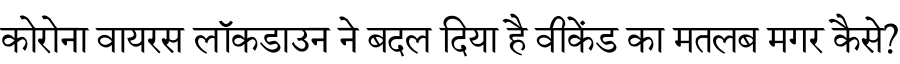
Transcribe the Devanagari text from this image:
कोरोना वायरस लॉकडाउन ने बदल दिया है वीकेंड का मतलब मगर कैसे?